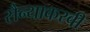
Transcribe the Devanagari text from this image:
सैन्याकरवी